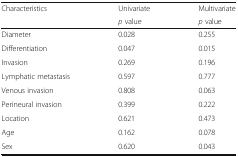
<table><thead><tr><td rowspan="2"><b>Characteristics</b></td><td><b>Univariate</b></td><td><b>Multivariate</b></td></tr><tr><td><b><i>p</i> value</b></td><td><b><i>p</i> value</b></td></tr></thead><tbody><tr><td>Diameter</td><td>0.028</td><td>0.255</td></tr><tr><td>Differentiation</td><td>0.047</td><td>0.015</td></tr><tr><td>Invasion</td><td>0.269</td><td>0.196</td></tr><tr><td>Lymphatic metastasis</td><td>0.597</td><td>0.777</td></tr><tr><td>Venous invasion</td><td>0.808</td><td>0.063</td></tr><tr><td>Perineural invasion</td><td>0.399</td><td>0.222</td></tr><tr><td>Location</td><td>0.621</td><td>0.473</td></tr><tr><td>Age</td><td>0.162</td><td>0.078</td></tr><tr><td>Sex</td><td>0.620</td><td>0.043</td></tr></tbody></table>